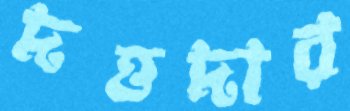
দত্তদার